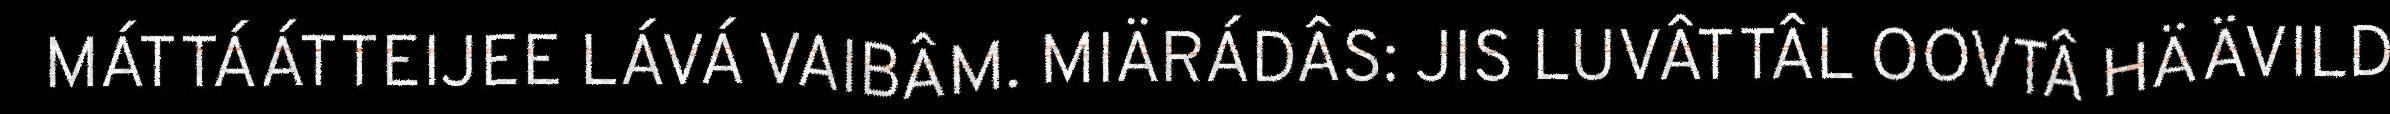
MÁTTÁÁTTEIJEE LÁVÁ VAIBÂM. MIÄRÁDÂS: JIS LUVÂTTÂL OOVTÂ HÄÄVILD